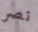
نصر